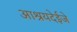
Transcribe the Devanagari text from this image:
आश्रयदेईजे